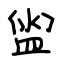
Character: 盥